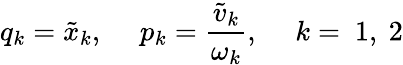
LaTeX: q_{k}=\tilde{x}_{k},~~~~~p_{k}=\frac{\tilde{v}_{k}}{\omega_{k}},~~~~~k=~1,~2